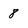
Character: 8